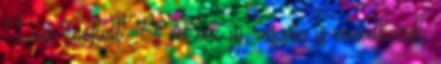
Lea énekelt. És eu az új részre is vonatkozik.